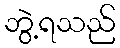
ဘွဲ့ရသည်